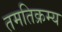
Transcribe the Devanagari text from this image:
तमतिक्रम्य